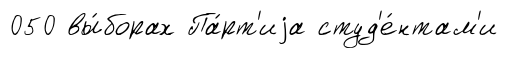
050 вы́борах Па́рт'иjа студ'е́нтам'и